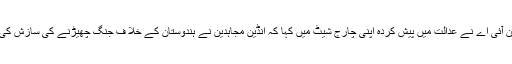
این آئی اے نے عدالت میں پیش کردہ اپنی چارج شیٹ میں کہا کہ انڈین مجاہدین نے ہندوستان کے خلا ف جنگ چھیڑنے کی سازش کی ۔